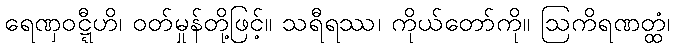
ရေဏှဝဋ္ဋီဟိ၊ ဝတ်မှုန်တို့ဖြင့်။ သရီရဿ၊ ကိုယ်တော်ကို။ ဩကိရဏတ္ထံ၊